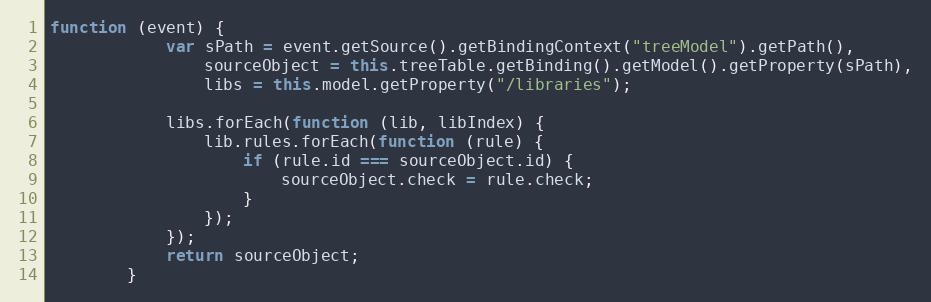
Language: JavaScript
function (event) {
			var sPath = event.getSource().getBindingContext("treeModel").getPath(),
				sourceObject = this.treeTable.getBinding().getModel().getProperty(sPath),
				libs = this.model.getProperty("/libraries");

			libs.forEach(function (lib, libIndex) {
				lib.rules.forEach(function (rule) {
					if (rule.id === sourceObject.id) {
						sourceObject.check = rule.check;
					}
				});
			});
			return sourceObject;
		}